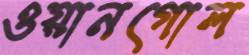
ওয়ানগোল